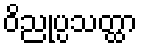
ဝိညုပ္ပသတ္ထာ